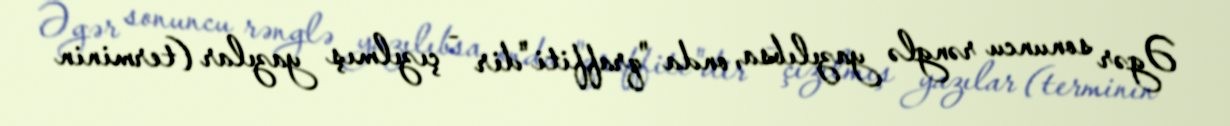
Əgər sonuncu rənglə yazılıbsa, onda "qraffiti"dir - çızılmış yazılar (terminin